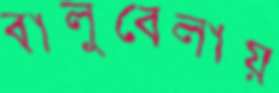
বালুবেলায়